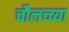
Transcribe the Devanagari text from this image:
चौलच्च्या